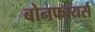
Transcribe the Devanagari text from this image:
बोनफायर्स